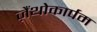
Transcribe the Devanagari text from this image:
ज़ैंथोकार्पम